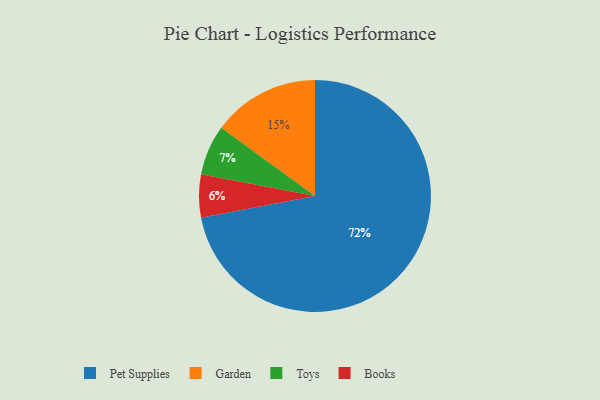
{"axis": {"x": "Category", "y": "Percentage"}, "legend": ["Books", "Garden", "Pet Supplies", "Toys"], "data": [{"x": "Garden", "y": 15, "type": "Garden"}, {"x": "Toys", "y": 7, "type": "Toys"}, {"x": "Pet Supplies", "y": 72, "type": "Pet Supplies"}, {"x": "Books", "y": 6, "type": "Books"}]}